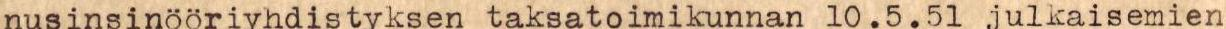
nusinsinöoriyhdistyksen taksatoimikunnan 10.5.51 julkaisemien